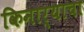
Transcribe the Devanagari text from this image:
किनार्‍याचा